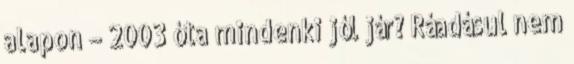
alapon – 2003 óta mindenki jól jár? Ráadásul nem